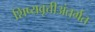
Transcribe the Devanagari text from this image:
शिष्यवृत्तीअंतर्गत